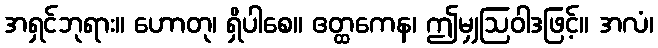
အရှင်ဘုရား။ ဟောတု၊ ရှိပါစေ။ ဧတ္ထကေန၊ ဤမျှဩဝါဒဖြင့်။ အလံ၊